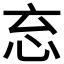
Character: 𭜘